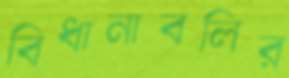
বিধানাবলির